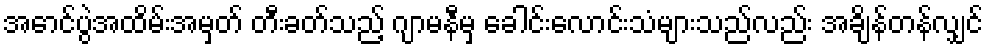
အောင်ပွဲအထိမ်းအမှတ် တီးခတ်သည့် ဂျာမနီမှ ခေါင်းလောင်းသံများသည်လည်း အချိန်တန်လျှင်